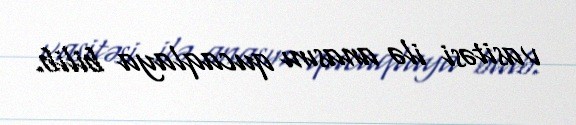
vasitəsi ilə anasını qucaqlaya bilib.